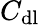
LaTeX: C_{\mathrm{dl}}